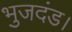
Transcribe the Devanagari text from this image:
भुजदंड।